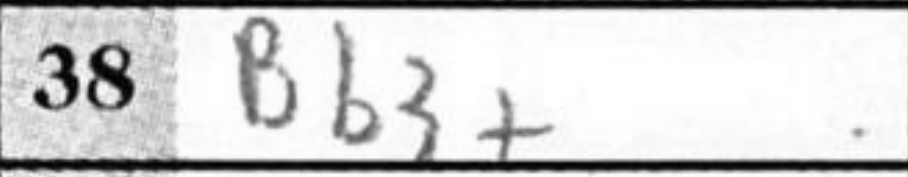
Transcription: Bb3+